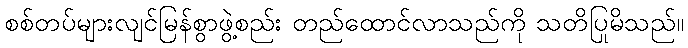
စစ်တပ်များလျင်မြန်စွာဖွဲ့စည်း တည်ထောင်လာသည်ကို သတိပြုမိသည်။